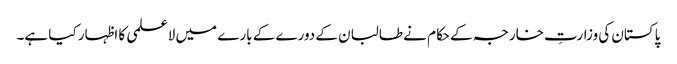
پاکستان کی وزارتِ خارجہ کے حکام نے طالبان کے دورے کے بارے میں لاعلمی کا اظہار کیا ہے۔